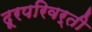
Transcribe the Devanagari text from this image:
दूरपरिवर्ती